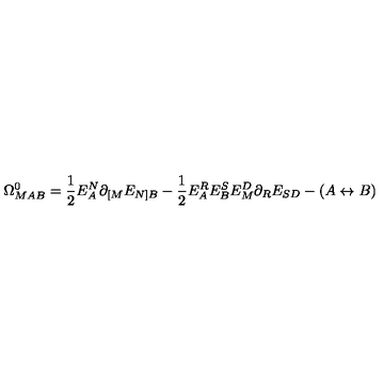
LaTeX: \Omega _ { M A B } ^ { 0 } = \frac { 1 } { 2 } E _ { A } ^ { N } \partial _ { [ M } E _ { N ] B } - \frac { 1 } { 2 } E _ { A } ^ { R } E _ { B } ^ { S } E _ { M } ^ { D } \partial _ { R } E _ { S D } - ( A \leftrightarrow B )